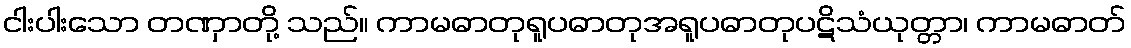
ငါးပါးသော တဏှာတို့ သည်။ ကာမဓာတုရူပဓာတုအရူပဓာတုပဋိသံယုတ္တာ၊ ကာမဓာတ်